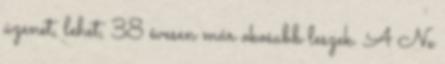
üzenet, lehet, 38 évesen már okosabb leszek. A Ne